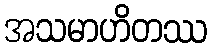
အသမာဟိတဿ